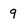
Character: q